Report of the Indian Hemp Drugs Commission, 1894-1895 - Volume IV
Year: 1894
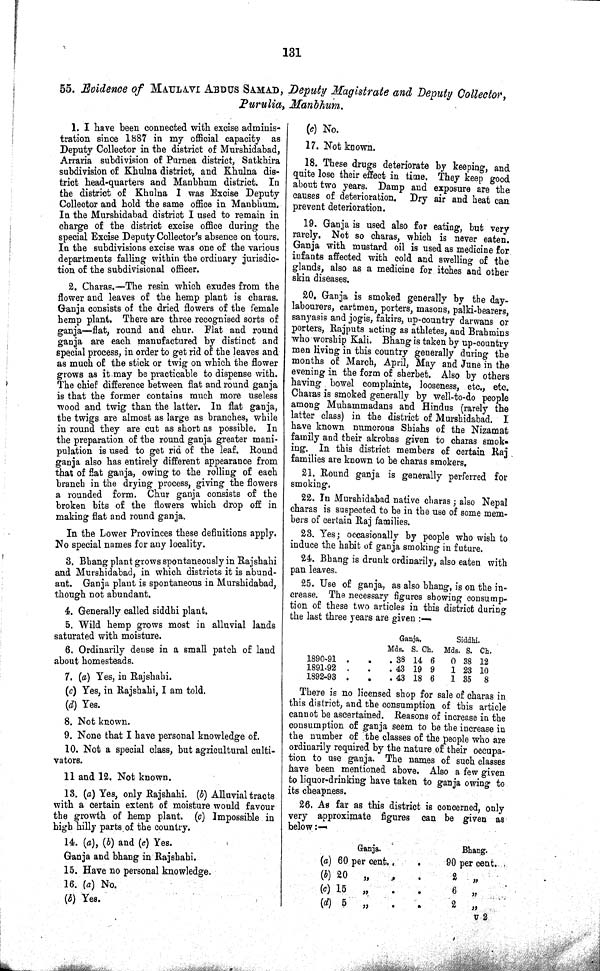
131
55. Evidence of MAULAVI ABDUS SAMAD, Deputy Magistrate and Deputy Collector,
Purulia, Manbhum.
1. I have been connected with excise adminis¬
tration since 1887 in my official capacity as
Deputy Collector in the district of Murshidabad,
Arraria subdivision of Purnea district, Satkhira
subdivision of Khulna district, and Khulna dis¬
trict head-quarters and Manbhum district. In
the district of Khulna I was Excise Deputy
Collector and hold the same office in Manbhum.
In the Murshidabad district I used to remain in
charge of the district excise office during the
special Excise Deputy Collector's absence on tours.
In the subdivisions excise was one of the various
departments falling within the ordinary jurisdic¬
tion of the subdivisional officer.
2. Charas.—The resin which exudes from the
flower and leaves of the hemp plant is charas.
Ganja consists of the dried flowers of the female
hemp plant. There are three recognised sorts of
ganja—flat, round and chur. Flat and round
ganja are each manufactured by distinct and
special process, in order to get rid of the leaves and
as much of the stick or twig on which the flower
grows as it may be practicable to dispense with.
The chief difference between flat and round ganja
is that the former contains much more useless
wood and twig than the latter. In flat ganja,
the twigs are almost as large as branches, while
in round they are cut as short as possible. In
the preparation of the round ganja greater mani¬
pulation is used to get rid of the leaf. Round
ganja also has entirely different appearance from
that of flat ganja, owing to the rolling of each
branch in the drying process, giving the flowers
a rounded form. Chur ganja consists of the
broken bits of the flowers which drop off in
making flat and round ganja.
In the Lower Provinces these definitions apply.
No special names for any locality.
3. Bhang plant grows spontaneously in Rajshahi
and Murshidabad, in which districts it is abund¬
ant. Ganja plant is spontaneous in Murshidabad,
though not abundant.
4. Generally called siddhi plant.
5. Wild hemp grows most in alluvial lands
saturated with moisture.
6. Ordinarily dense in a small patch of land
about homesteads.
7. (a) Yes, in Rajshahi.
(c) Yes, in Rajshahi, I am told.
(d) Yes.
8. Not known.
9. None that I have personal knowledge of.
10. Not a special class, but agricultural culti¬
vators.
11 and 12. Not known.
13. (a) Yes, only Rajshahi. (b) Alluvial tracts
with a certain extent of moisture would favour
the growth of hemp plant. (c) Impossible in
high hilly parts of the country.
14. (a), (b) and (c) Yes.
Ganja and bhang in Rajshahi.
15. Have no personal knowledge.
16. (a) No.
(b) Yes.
(c) No.
17. Not known.
18. These drugs deteriorate by keeping, and
quite lose their effect in time. They keep good
about two years. Damp and exposure are the
causes of deterioration. Dry air and heat can
prevent deterioration.
19. Ganja is used also for eating, but very
rarely. Not so charas, which is never eaten.
Ganja with mustard oil is used as medicine for
infants affected with cold and swelling of the
glands, also as a medicine for itches and other
skin diseases.
20. Ganja is smoked generally by the day-
labourers, cartmen, porters, masons, palki-bearers,
sanyasis and jogis, fakirs, up-country darwans or
porters, Rajputs acting as athletes, and Brahmins
who worship Kali. Bhang is taken by up-country
men living in this country generally during the
months of March, April, May and June in the
evening in the form of sherbet. Also by others
having bowel complaints, looseness, etc., etc.
Charas is smoked generally by well-to-do people
among Muhammadans and Hindus (rarely the
latter class) in the district of Murshidabad. I
have known numerous Shiahs of the Nizamat
family and their akrobas given to charas smok¬
ing. In this district members of certain Raj
families are known to be charas smokers.
21. Round ganja is generally perferred for
smoking.
22. In Murshidabad native charas; also Nepal
charas is suspected to be in the use of some mem¬
bers of certain Raj families.
23. Yes; occasionally by people who wish to
induce the habit of ganja smoking in future.
24. Bhang is drunk ordinarily, also eaten with
pan leaves.
25. Use of ganja, as also bhang, is on the in¬
crease. The necessary figures showing consump¬
tion of these two articles in this district during
the last three years are given:—
Ganja.
Siddhi.
Mds. S. Ch. Mds. S. Ch.
1890-91
38 14 6
0 38 12
1891-92
43 19 9
1 23 10
1892-93
43 18 6
1 35 8
There is no licensed shop for sale of charas in
this district, and the consumption of this article
cannot be ascertained. Reasons of increase in the
consumption of ganja seem to be the increase in
the number of the classes of the people who are
ordinarily required by the nature of their occupa¬
tion to use ganja. The names of such classes
have been mentioned above. Also a few given
to liquor-drinking have taken to ganja owing to
its cheapness.
26. As far as this district is concerned, only
very approximate figures can be given as
below:
Ganja.
Bhang.
(a) 60 per cent.
90 per cent.
(b) 20 "
2 "
(c) 15 "
6 "
(d) 5 "
2 "
U 2